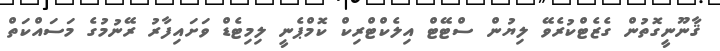
ޤާނޫނީގޮތުން ގެޒެޓްކުރެވޭ ލިޔުން ސްޓޭޓް އިލެކްޓްރިކް ކޮމްޕެނީ ލިމިޓެޑް ވަށައިފާރު ރޭނުމުގެ މަސައްކަތް